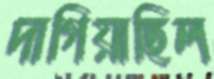
দাগিয়াছিল